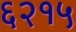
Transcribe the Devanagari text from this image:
६२१५